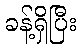
ခန့်ရှိပြီး